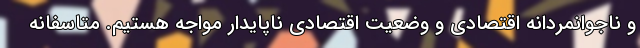
و ناجوانمردانه اقتصادی و وضعیت اقتصادی ناپایدار مواجه هستیم. متاسفانه